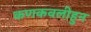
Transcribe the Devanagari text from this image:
कणकवलीहुन